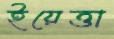
ইয়েত্তা